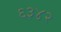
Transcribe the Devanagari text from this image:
६३४२